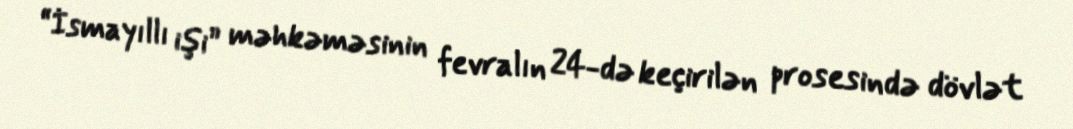
“İsmayıllı işi” məhkəməsinin fevralın 24-də keçirilən prosesində dövlət